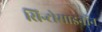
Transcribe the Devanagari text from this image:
सिन्टोसाइनॉन